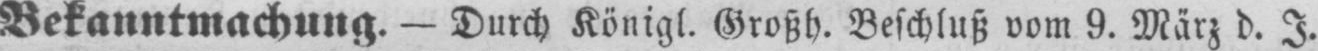
Bekanntmachung. - Durch Königl. Großh. Beschluß vom 9. März d. J.